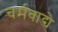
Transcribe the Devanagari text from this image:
चर्मवाद्ये